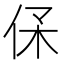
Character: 𠈃